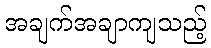
အချက်အချာကျသည့်